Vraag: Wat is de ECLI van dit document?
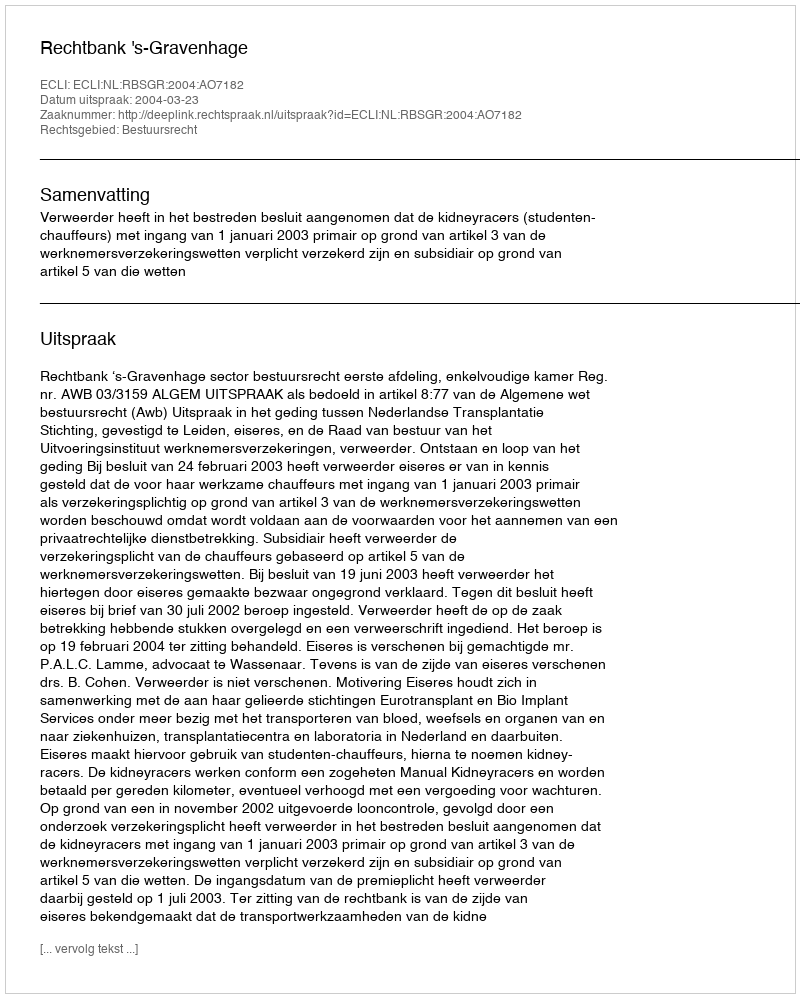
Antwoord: ECLI:NL:RBSGR:2004:AO7182